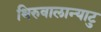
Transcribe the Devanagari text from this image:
थिरुवालान्याटु